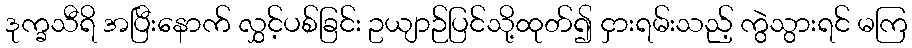
ဒုက္ခသီရိ အပြီးနောက် လွှင့်ပစ်ခြင်း ဥယျာဉ်ပြင်သို့ထုတ်၍ ငှားရမ်းသည့် ကွဲသွားရင် မကြ